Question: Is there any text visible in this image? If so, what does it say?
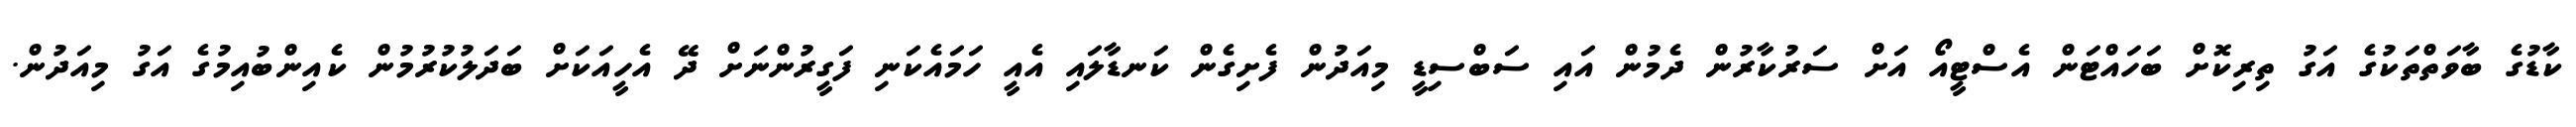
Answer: ކާޑުގެ ބާވަތްތަކުގެ އަގު ތިރިކޮށް ބަހައްޓަން އެސްޓީއޯ އަށް ސަރުކާރުން ދެމުން އައި ސަބްސިޑީ މިއަދުން ފެށިގެން ކަނޑާލައި އެއީ ހަމައެކަނި ފަގީރުންނަށް ދޭ އެހީއަކަށް ބަދަލުކުރުމުން ކެއިންބުއިމުގެ އަގު މިއަދުން.